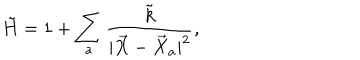
LaTeX: \tilde { H } = 1 + \sum _ { a } \frac { \tilde { k } } { | \vec { X } - \vec { X } _ { a } | ^ { 2 } } ,